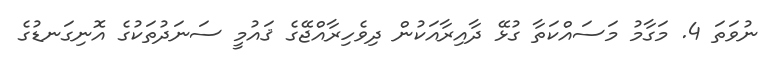
ނުވަތަ 4. މަގާމު މަސައްކަތާ ގުޅޭ ދާއިރާއަކުން ދިވެހިރާއްޖޭގެ ޤައުމީ ސަނަދުތަކުގެ އޮނިގަނޑުގެ